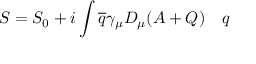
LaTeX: S = S _ { 0 } + i \int { \overline { { q } } } \gamma _ { \mu } D _ { \mu } ( A + Q ) \quad q